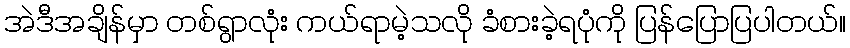
အဲဒီအချိန်မှာ တစ်ရွာလုံး ကယ်ရာမဲ့သလို ခံစားခဲ့ရပုံကို ပြန်ပြောပြပါတယ်။